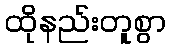
ထိုနည်းတူစွာ